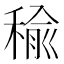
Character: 𥠕